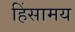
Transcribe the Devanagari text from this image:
हिंसामय